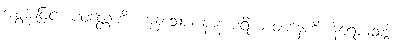
အစွမ်းဖြင့်။ ပဝတ္တေဟိ၊ ကုန်သော။ နာနာပရိယာဝစနေဟိ၊ နိရောဓသဒ္ဒါ